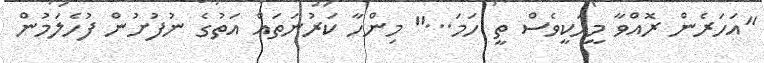
"އަހަރެން ރޮއްވާ މީހަކީވެސް ތީ ހަމަ..." މިންހާ ކަރުނަތައް އަތުގެ ނުފުުށުން ފުހެލަމުން